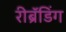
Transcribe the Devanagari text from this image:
रीब्रॅंडिंग